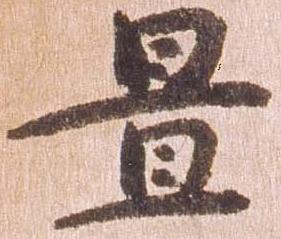
置